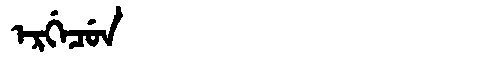
Manchu: ᡝᡵᡤᡝᠴᡠᠨ
Romanization: ERGECUN